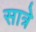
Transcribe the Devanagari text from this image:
सात्रे